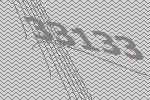
33133